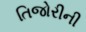
તિજોરીની